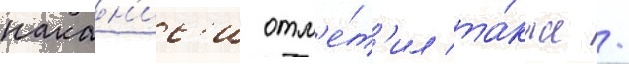
накан'ис'и отм'е́т'ил та́кже /